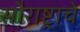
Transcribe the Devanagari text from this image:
सौराष्ट्राचे